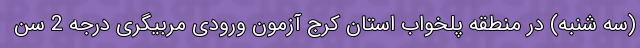
(سه شنبه) در منطقه پلخواب استان کرج آزمون ورودی مربیگری درجه 2 سن